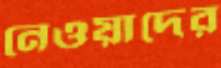
নেওয়াদের